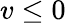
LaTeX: v\leq 0